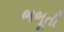
ભભૂતી